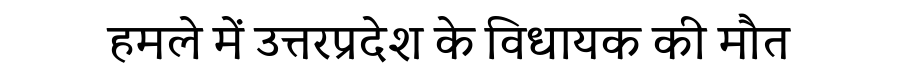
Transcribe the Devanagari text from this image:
हमले में उत्तरप्रदेश के विधायक की मौत